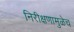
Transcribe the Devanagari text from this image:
निरीक्षणामुळेच